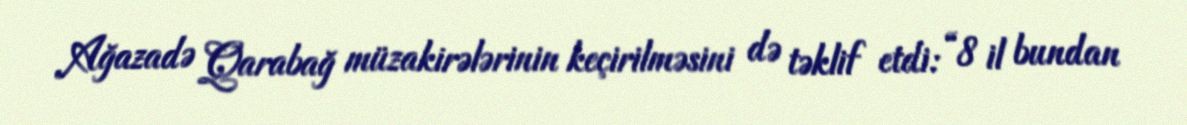
Ağazadə Qarabağ müzakirələrinin keçirilməsini də təklif etdi: “8 il bundan